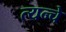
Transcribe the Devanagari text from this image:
त्यन्चे